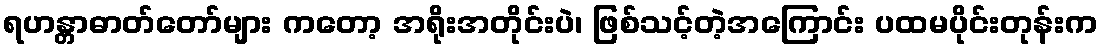
ရဟန္တာဓာတ်တော်များ ကတော့ အရိုးအတိုင်းပဲ၊ ဖြစ်သင့်တဲ့အကြောင်း ပထမပိုင်းတုန်းက